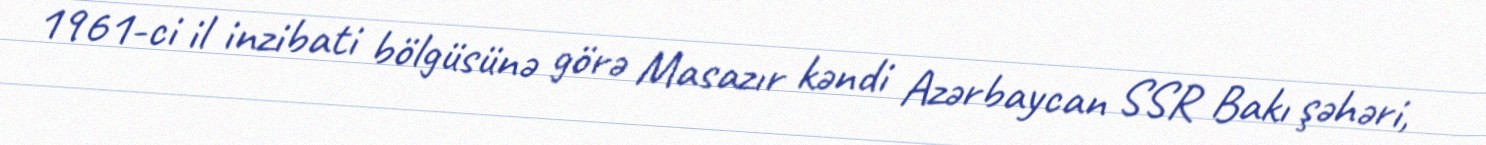
1961-ci il inzibati bölgüsünə görə Masazır kəndi Azərbaycan SSR Bakı şəhəri,